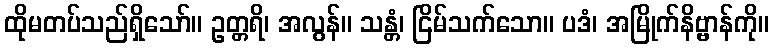
ထိုမတပ်သည်ရှိသော်။ ဥတ္တရိ၊ အလွန်။ သန္တံ၊ ငြိမ်သက်သော။ ပဒံ၊ အမြိုက်နိဗ္ဗာန်ကို။